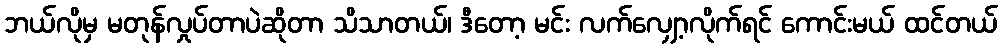
ဘယ်လိုမှ မတုန်လှုပ်တာပဲဆိုတာ သိသာတယ်၊ ဒီတော့ မင်း လက်လျှော့လိုက်ရင် ကောင်းမယ် ထင်တယ်